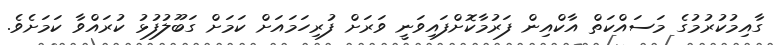
ގާއިމުކުރުމުގެ މަސައްކަތް އާކްއިން ފަރުމާކޮށްފައިވަނީ ވަރަށް ފުރިހަމައަށް ކަމަށް ގަބޫލުފުޅު ކުރައްވާ ކަމަށެވެ.